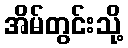
အိမ်တွင်းသို့